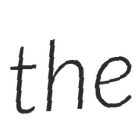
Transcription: the